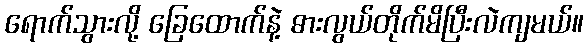
ရောက်သွားလို့ ခြေထောက်နဲ့ ဓားလွယ်တိုက်မိပြီးလဲကျမယ်။